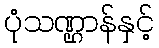
ပုံသဏ္ဌာန်နှင့်